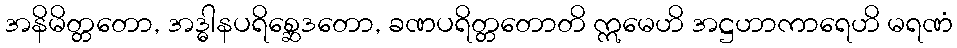
အနိမိတ္တတော, အဒ္ဓါနပရိစ္ဆေဒတော, ခဏပရိတ္တတောတိ ဣမေဟိ အဋ္ဌဟာကာရေဟိ မရဏံ